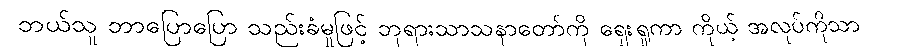
ဘယ်သူ ဘာပြောပြော သည်းခံမှုဖြင့် ဘုရားသာသနာတော်ကို ရှေးရှုကာ ကိုယ့် အလုပ်ကိုသာ